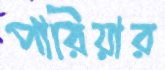
পারিয়ার